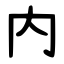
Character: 内